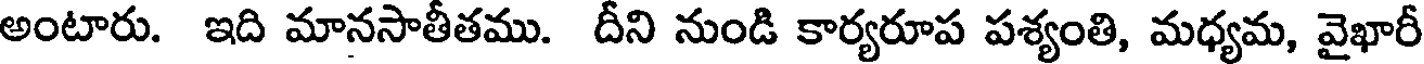
అంటారు. ఇది మానసాతీతము. దీని నుండి కార్యరూప పశ్యంతి, మధ్యమ, వైఖారీ